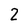
Character: 2